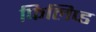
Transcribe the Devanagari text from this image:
फिलिप्ड